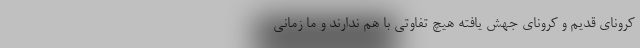
کرونای قدیم و کرونای جهش یافته هیچ تفاوتی با هم ندارند و ما زمانی